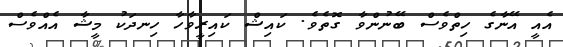
އެއީ އޭނާގެ ހިތްވެސް ބޭނުންވާ ގޮތެވެ. ކައިޝް ކައިރީވާހާ ހިނދަކު މީޝާ އެއްވެސް